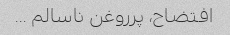
افتضاح، پرروغن ناسالم …